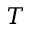
T